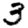
Digit: 3